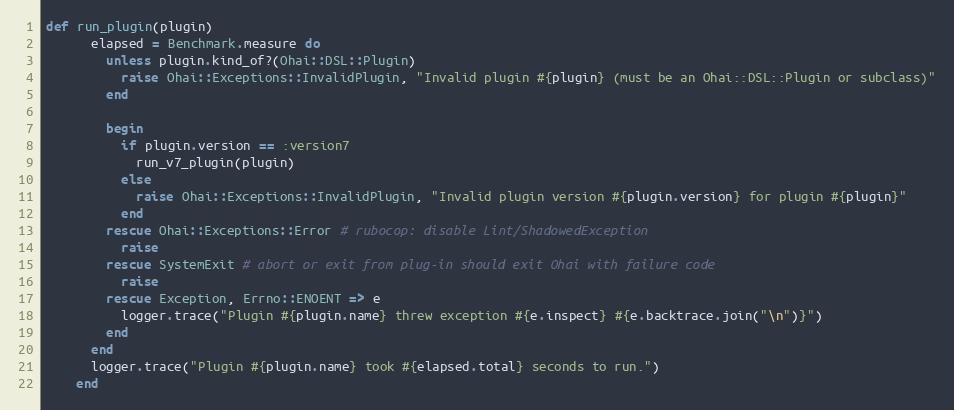
Language: Ruby
def run_plugin(plugin)
      elapsed = Benchmark.measure do
        unless plugin.kind_of?(Ohai::DSL::Plugin)
          raise Ohai::Exceptions::InvalidPlugin, "Invalid plugin #{plugin} (must be an Ohai::DSL::Plugin or subclass)"
        end

        begin
          if plugin.version == :version7
            run_v7_plugin(plugin)
          else
            raise Ohai::Exceptions::InvalidPlugin, "Invalid plugin version #{plugin.version} for plugin #{plugin}"
          end
        rescue Ohai::Exceptions::Error # rubocop: disable Lint/ShadowedException
          raise
        rescue SystemExit # abort or exit from plug-in should exit Ohai with failure code
          raise
        rescue Exception, Errno::ENOENT => e
          logger.trace("Plugin #{plugin.name} threw exception #{e.inspect} #{e.backtrace.join("\n")}")
        end
      end
      logger.trace("Plugin #{plugin.name} took #{elapsed.total} seconds to run.")
    end